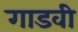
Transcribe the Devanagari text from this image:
गाडवी